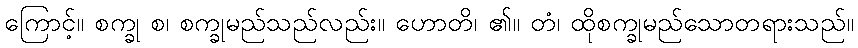
ကြောင့်။ စက္ခု စ၊ စက္ခုမည်သည်လည်း။ ဟောတိ၊ ၏။ တံ၊ ထိုစက္ခုမည်သောတရားသည်။